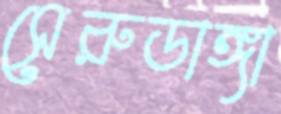
সেরুডাঙ্গা